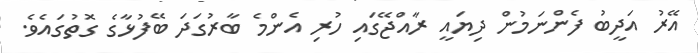
އޭރު އަދީބު ފެންނަމުން ދިޔައީ ރާއްޖޭގައި ހުރި އެންމެ ބާރުގަދަ ބޭފުޅާގެ ގޮތުގައެވެ.